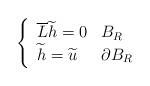
LaTeX: \begin{align*}\left\{\begin{array}[c]{ll}\overline{L}\widetilde{h}=0 & B_{R}\\\widetilde{h}=\widetilde{u} & \partial B_{R}\end{array}\right. \end{align*}